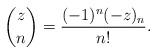
LaTeX: \begin{align*}\binom{z}{n}=\frac{(-1)^n (-z)_n}{n!}.\end{align*}